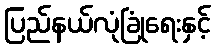
ပြည်နယ်လုံခြုံရေးနှင့်